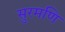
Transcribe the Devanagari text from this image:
सुरमणि